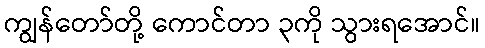
ကျွန်တော်တို့ ကောင်တာ ၃ကို သွားရအောင်။